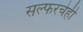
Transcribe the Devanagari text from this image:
सल्फरचेही